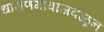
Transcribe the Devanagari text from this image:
धामणगावाजवळून